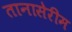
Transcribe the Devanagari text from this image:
तानासेरीम